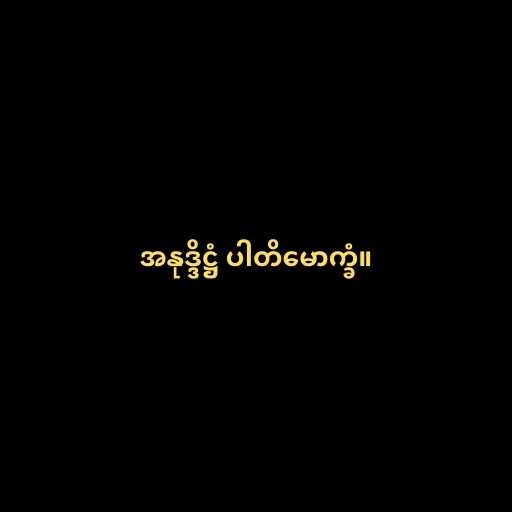
အနုဒ္ဒိဋ္ဌံ ပါတိမောက္ခံ။